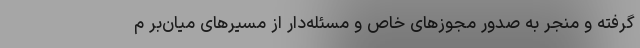
گرفته و منجر به صدور مجوزهای خاص و مسئله‌دار از مسیرهای میان‌بر م